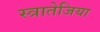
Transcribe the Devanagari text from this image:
स्त्रातेजिया